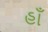
હાઁ